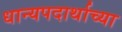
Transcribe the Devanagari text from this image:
धान्यपदार्थाच्या